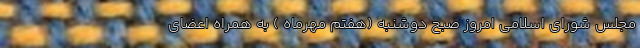
مجلس شورای اسلامی امروز صبح دو‌شنبه (هفتم مهرماه ) به همراه اعضای